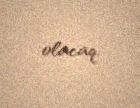
olacaq.